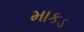
માકડ